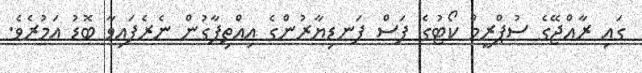
ގައި ރާއްޖޭގެ ސުޕްރީމް ކޯޓުގެ ފަސް ފަނޑިޔާރުންގެ އިއްތިފާގުން ނެރެފައިވާ ބޮޑު އަމުރެވެ.